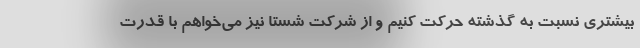
بیشتری نسبت به گذشته حرکت کنیم و از شرکت شستا نیز می‌خواهم با قدرت